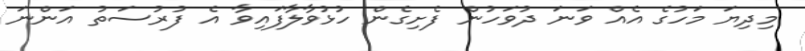
މިދިޔަ މަހުގެ އެއް ވަނަ ދުވަހުން ފެށިގެން ހުޅުވާލާފައިވާ އެ ފުރުސަތު އަންނަ